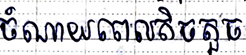
ចំណាយពេលតិចតួច